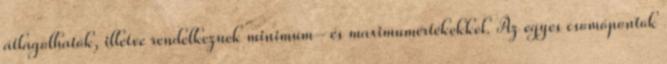
átlagolhatók, illetve rendelkeznek minimum- és maximumértékekkel. Az egyes csomópontok